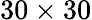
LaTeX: \mathrm{30\times 30}